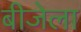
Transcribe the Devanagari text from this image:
बीजेला